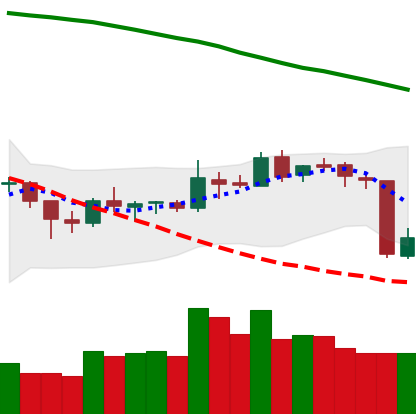
Ticker: BNB-USD
Chart end date: 2018-10-12
Forward return: 3.941%
Label: up_3_5